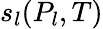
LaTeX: s_{l}(P_{l},T)